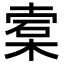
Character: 𬃖